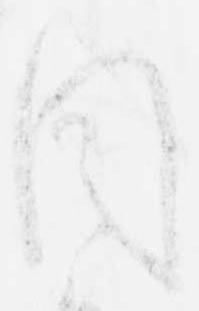
目